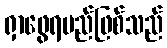
ရှာဖွေရမည်ဖြစ်သည်